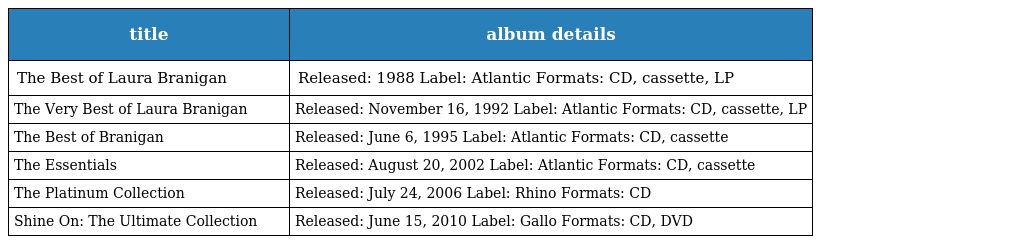
| title | album details |
 | --- | --- |
 | The Best of Laura Branigan | Released: 1988 Label: Atlantic Formats: CD, cassette, LP |
 | The Very Best of Laura Branigan | Released: November 16, 1992 Label: Atlantic Formats: CD, cassette, LP |
 | The Best of Branigan | Released: June 6, 1995 Label: Atlantic Formats: CD, cassette |
 | The Essentials | Released: August 20, 2002 Label: Atlantic Formats: CD, cassette |
 | The Platinum Collection | Released: July 24, 2006 Label: Rhino Formats: CD |
 | Shine On: The Ultimate Collection | Released: June 15, 2010 Label: Gallo Formats: CD, DVD |